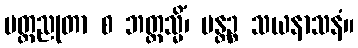
မတ္တညုတာ စ ဘတ္တသ္မိံ၊ ပန္တဉ္စ သယနာသနံ။